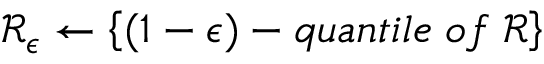
\mathcal { R } _ { \epsilon } \leftarrow \left\{ ( 1 - \epsilon ) - q u a n t i l e \; o f \; \mathcal { R } \right\}